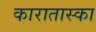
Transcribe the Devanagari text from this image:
कारातास्का